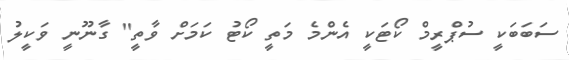
ސަބަބަކީ ސުޕްރީމް ކޯޓަކީ އެންމެ މަތީ ކޯޓު ކަމަށް ވާތީ" ގާނޫނީ ވަކީލު